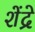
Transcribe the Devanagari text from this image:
शेंद्रे